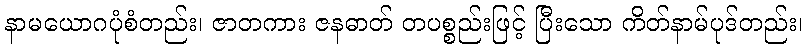
နာမယောဂပုံစံတည်း၊ ဇာတကား ဇနဓာတ် တပစ္စည်းဖြင့် ပြီးသော ကိတ်နာမ်ပုဒ်တည်း၊